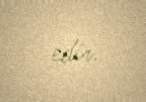
edir.